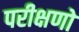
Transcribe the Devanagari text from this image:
परीक्षणो